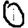
Digit: 0